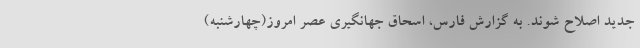
جدید اصلاح شوند. به گزارش فارس، اسحاق جهانگیری عصر امروز(چهارشنبه)